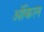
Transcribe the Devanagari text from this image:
अंकिल